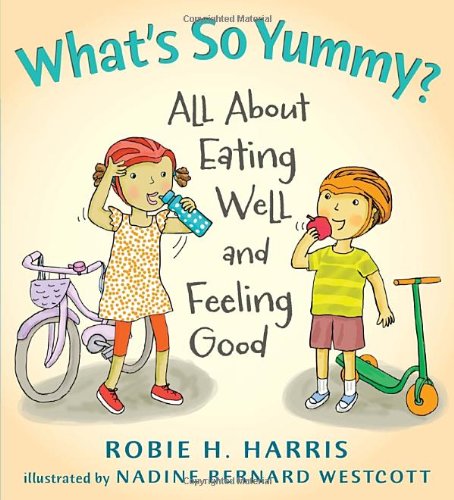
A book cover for What's So Yummy?: All About Eating Well and Feeling Good (Let's Talk about You and Me); Robie Harris; Health, Fitness & Dieting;